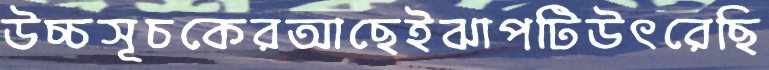
উচ্চসূচকেরআছেইঝাপটিউৎরেছি